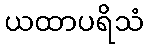
ယထာပရိသံ